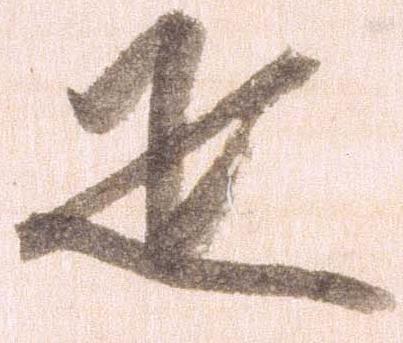
疋